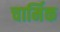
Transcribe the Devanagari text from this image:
चार्मिक